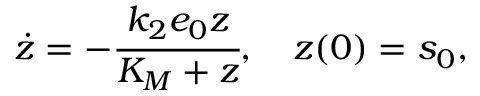
\dot { z } = - \cfrac { k _ { 2 } e _ { 0 } z } { K _ { M } + z } , \quad z ( 0 ) = s _ { 0 } ,